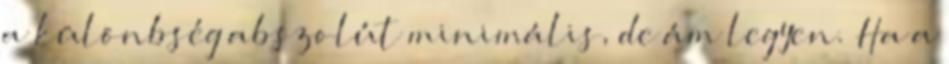
a különbség abszolút minimális, de ám legyen. Ha a